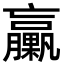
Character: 臝